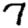
Digit: 7